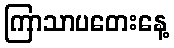
ကြာသာပတေးနေ့